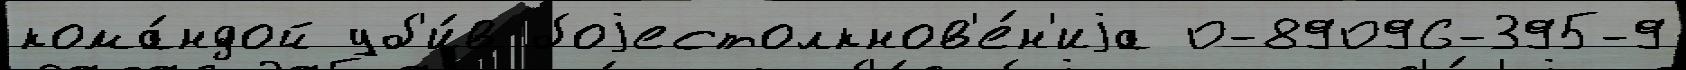
кома́ндой уб'и́в боjестолкнов'е́н'иjа 0-89096-395-9